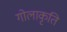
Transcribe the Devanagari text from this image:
गोलाकृति